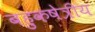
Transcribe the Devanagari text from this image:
बहुकषेत्रीय